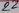
Text: 22